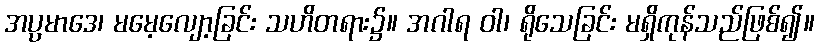
အပ္ပမာဒေ၊ မမေ့လျော့ခြင်း သဟိတရား၌။ အဂါရ ဝါ၊ ရိုသေခြင်း မရှိကုန်သည်ဖြစ်၍။